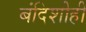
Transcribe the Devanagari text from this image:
बंदिशीही